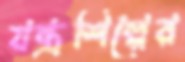
যন্ত্রশিল্পের